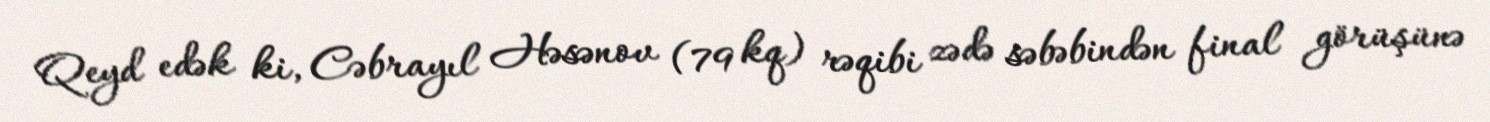
Qeyd edək ki, Cəbrayıl Həsənov (79 kq) rəqibi zədə səbəbindən final görüşünə